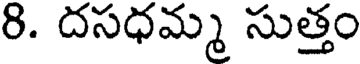
8. దసధమ్మ సుత్తం